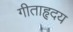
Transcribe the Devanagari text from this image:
गीताहृदय